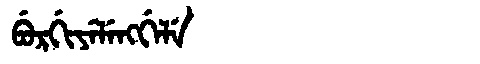
Manchu: ᠪᡠᡵᡤᡳᠶᡝᠯᡝᠩᡤᡝᠯᡝ
Romanization: BURGIYELENGGELE